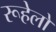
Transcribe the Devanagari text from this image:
रूहेलों